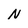
Character: N